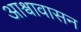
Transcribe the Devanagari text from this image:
आश्वावासन